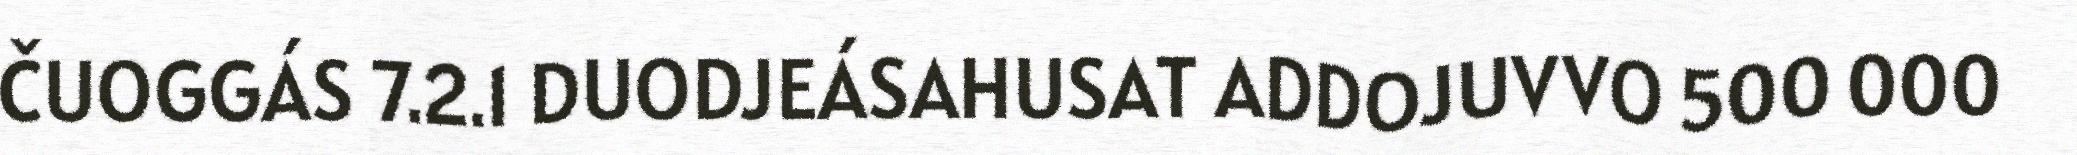
ČUOGGÁS 7.2.1 DUODJEÁSAHUSAT ADDOJUVVO 500 000